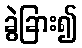
ခွဲခြား၍